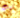
تيب